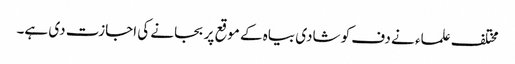
مختلف علماء نے دف کو شادی بیاہ کے موقع پر بجانے کی اجازت دی ہے۔